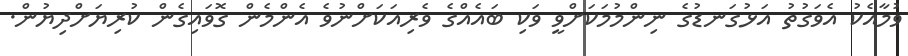
ވުމާއެކު އެވަގުތު އަޅުގަނޑުގެ ނިންމުމަކަށްވީ ވަކި ބައެއްގެ ވެރިއަކަށްނުވެ އެންމެން ގޮވައިގެން ކުރިޔަށްދިޔުން.